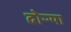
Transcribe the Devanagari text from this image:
ढोऱ्या